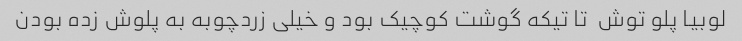
لوبیا پلو توش  تا تیکه گوشت کوچیک بود و خیلی زردچوبه به پلوش زده بودن